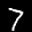
Label: 7